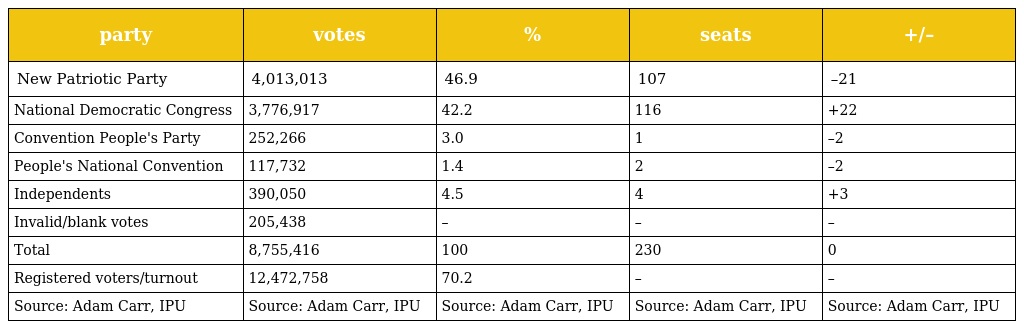
| party | votes | % | seats | +/– |
 | --- | --- | --- | --- | --- |
 | New Patriotic Party | 4,013,013 | 46.9 | 107 | –21 |
 | National Democratic Congress | 3,776,917 | 42.2 | 116 | +22 |
 | Convention People's Party | 252,266 | 3.0 | 1 | –2 |
 | People's National Convention | 117,732 | 1.4 | 2 | –2 |
 | Independents | 390,050 | 4.5 | 4 | +3 |
 | Invalid/blank votes | 205,438 | – | – | – |
 | Total | 8,755,416 | 100 | 230 | 0 |
 | Registered voters/turnout | 12,472,758 | 70.2 | – | – |
 | Source: Adam Carr, IPU | Source: Adam Carr, IPU | Source: Adam Carr, IPU | Source: Adam Carr, IPU | Source: Adam Carr, IPU |